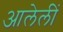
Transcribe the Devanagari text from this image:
आलेलीं